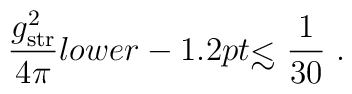
{g_{\rm str}^2 \over 4 \pi} {\\lower-1.2pt\vbox{\hbox{\rlap{$<$}\lower5pt\vbox{\hbox{$\sim$}}}}\ } {1\over30}\ .